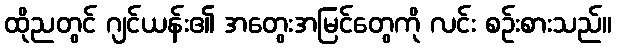
ထိုညတွင် ဂျင်ယန်း၏ အတွေးအမြင်တွေကို လင်း စဉ်းစားသည်။